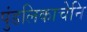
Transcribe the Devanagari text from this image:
पुंडलिकाचेनि